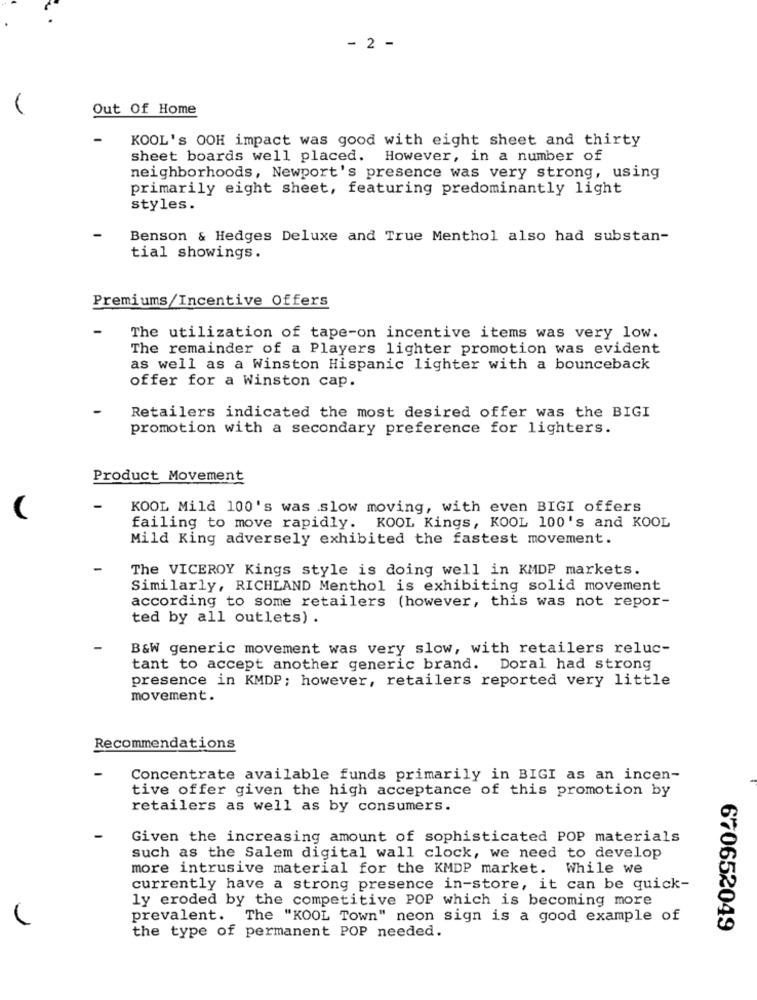
- 2 -
Out Of Home
KOOL's OOH impact was good with eight sheet and thirty
sheet boards well placed. However, in a number of
neighborhoods, Newport's presence was very strong, using
primarily eight sheet, featuring predominantly light
styles.
Benson & Hedges Deluxe and True Menthol also had substan-
tial showings.
Premiums/Incentive Offers
The utilization of tape-on incentive items was very low.
The remainder of a Players lighter promotion was evident
as well as a Winston Hispanic lighter with a bounceback
offer for a Winston cap.
Retailers indicated the most desired offer was the BIGI
promotion with a secondary preference for lighters.
Product Movement
KOOL Mild 100's was slow moving, with even BIGI offers
failing to move rapidly. KOOL Kings, KOOL 100's and KOOL
Mild King adversely exhibited the fastest movement.
The VICEROY Kings style is doing well in KMDP markets.
Similarly, RICHLAND Menthol is exhibiting solid movement
according to some retailers (however, this was not repor-
ted by all outlets) .
B&W generic movement was very slow, with retailers reluc-
tant to accept another generic brand. Doral had strong
presence in KMDP; however, retailers reported very little
movement.
Recommendations
Concentrate available funds primarily in BIGI as an incen-
tive offer given the high acceptance of this promotion by
retailers as well as by consumers.
Given the increasing amount of sophisticated POP materials
such as the Salem digital wall clock, we need to develop
more intrusive material for the KMDP market. While we
currently have a strong presence in-store, it can be quick-
ly eroded by the competitive POP which is becoming more
prevalent. The "KOOL Town" neon sign is a good example of
670652049
the type of permanent POP needed.